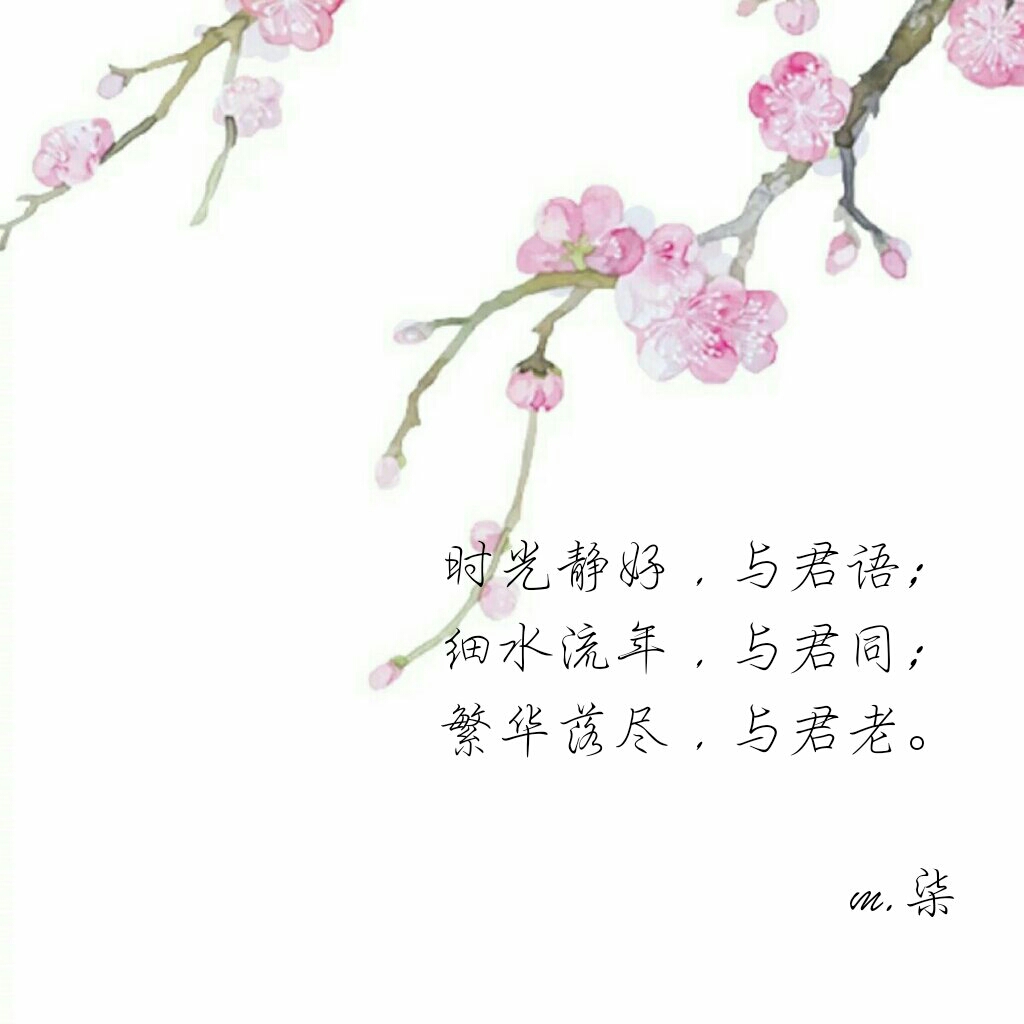
浅不足与测深，愚不足与谋智，坎井之蛙，不可与语东海之乐。